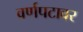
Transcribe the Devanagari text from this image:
वर्णपटावर